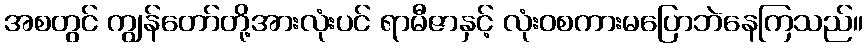
အစတွင် ကျွန်တော်တို့အားလုံးပင် ရာမီဇာနှင့် လုံးဝစကားမပြောဘဲနေကြသည်။